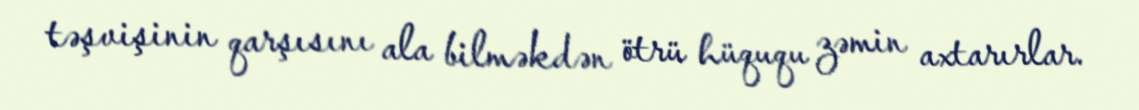
təşvişinin qarşısını ala bilməkdən ötrü hüququ zəmin axtarırlar.